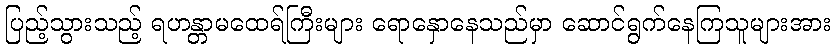
ပြည့်သွားသည့် ရဟန္တာမထေရ်ကြီးများ ရောနှောနေသည်မှာ ဆောင်ရွက်နေကြသူများအား